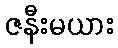
ဇနီးမယား